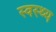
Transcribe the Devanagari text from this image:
स्‍वस्‍थ्‍य